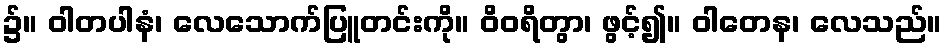
၌။ ဝါတပါနံ၊ လေသောက်ပြူတင်းကို။ ဝိဝရိတွာ၊ ဖွင့်၍။ ဝါတေန၊ လေသည်။